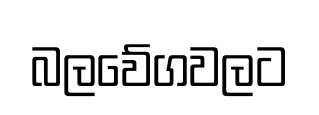
බලවේගවලට